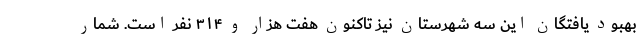
بهبود یافتگان این سه شهرستان نیز تاکنون هفت هزار و ۳۱۴ نفر است. شمار